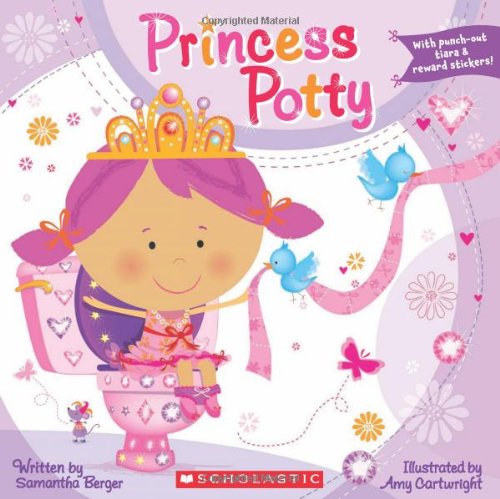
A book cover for Princess Potty; Samantha Berger; Children's Books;